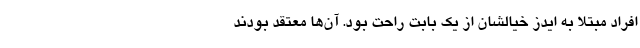
افراد مبتلا به ایدز خیالشان از یک بابت راحت بود. آن‌ها معتقد بودند